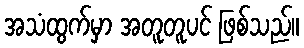
အသံထွက်မှာ အတူတူပင် ဖြစ်သည်။